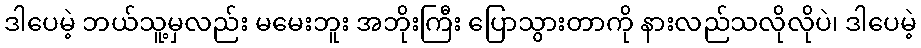
ဒါပေမဲ့ ဘယ်သူ့မှလည်း မမေးဘူး အဘိုးကြီး ပြောသွားတာကို နားလည်သလိုလိုပဲ၊ ဒါပေမဲ့